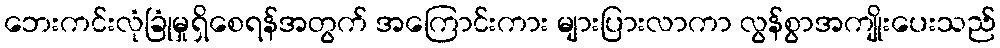
ဘေးကင်းလုံခြုံမှုရှိစေရန်အတွက် အကြောင်းကား များပြားလာကာ လွန်စွာအကျိုးပေးသည်